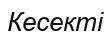
Кесекті